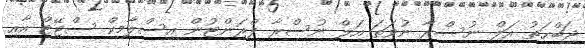
ޖަބްޙަތު އަލް ނުސްރާ ނުވަތަ އަލް ނުސްރާ ފްރަންޓުން އިސްލާމިކް ސްޓޭޓް އާއި